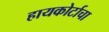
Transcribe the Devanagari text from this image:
हायकोर्टाचा